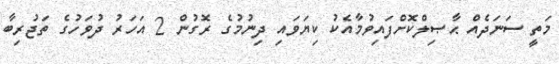
މަތީ ސަނަދެއް ޙާޞިލްކޮށްފައިވުމާއެކު ކިޔަވައި ދިނުމުގެ ރޮގުން 2 އަހަރު ދުވަހުގެ ތަޖުރިބާ